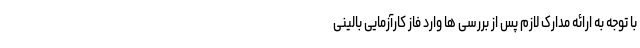
با توجه به ارائه مدارک لازم پس از بررسی ها وارد فاز کارآزمایی بالینی